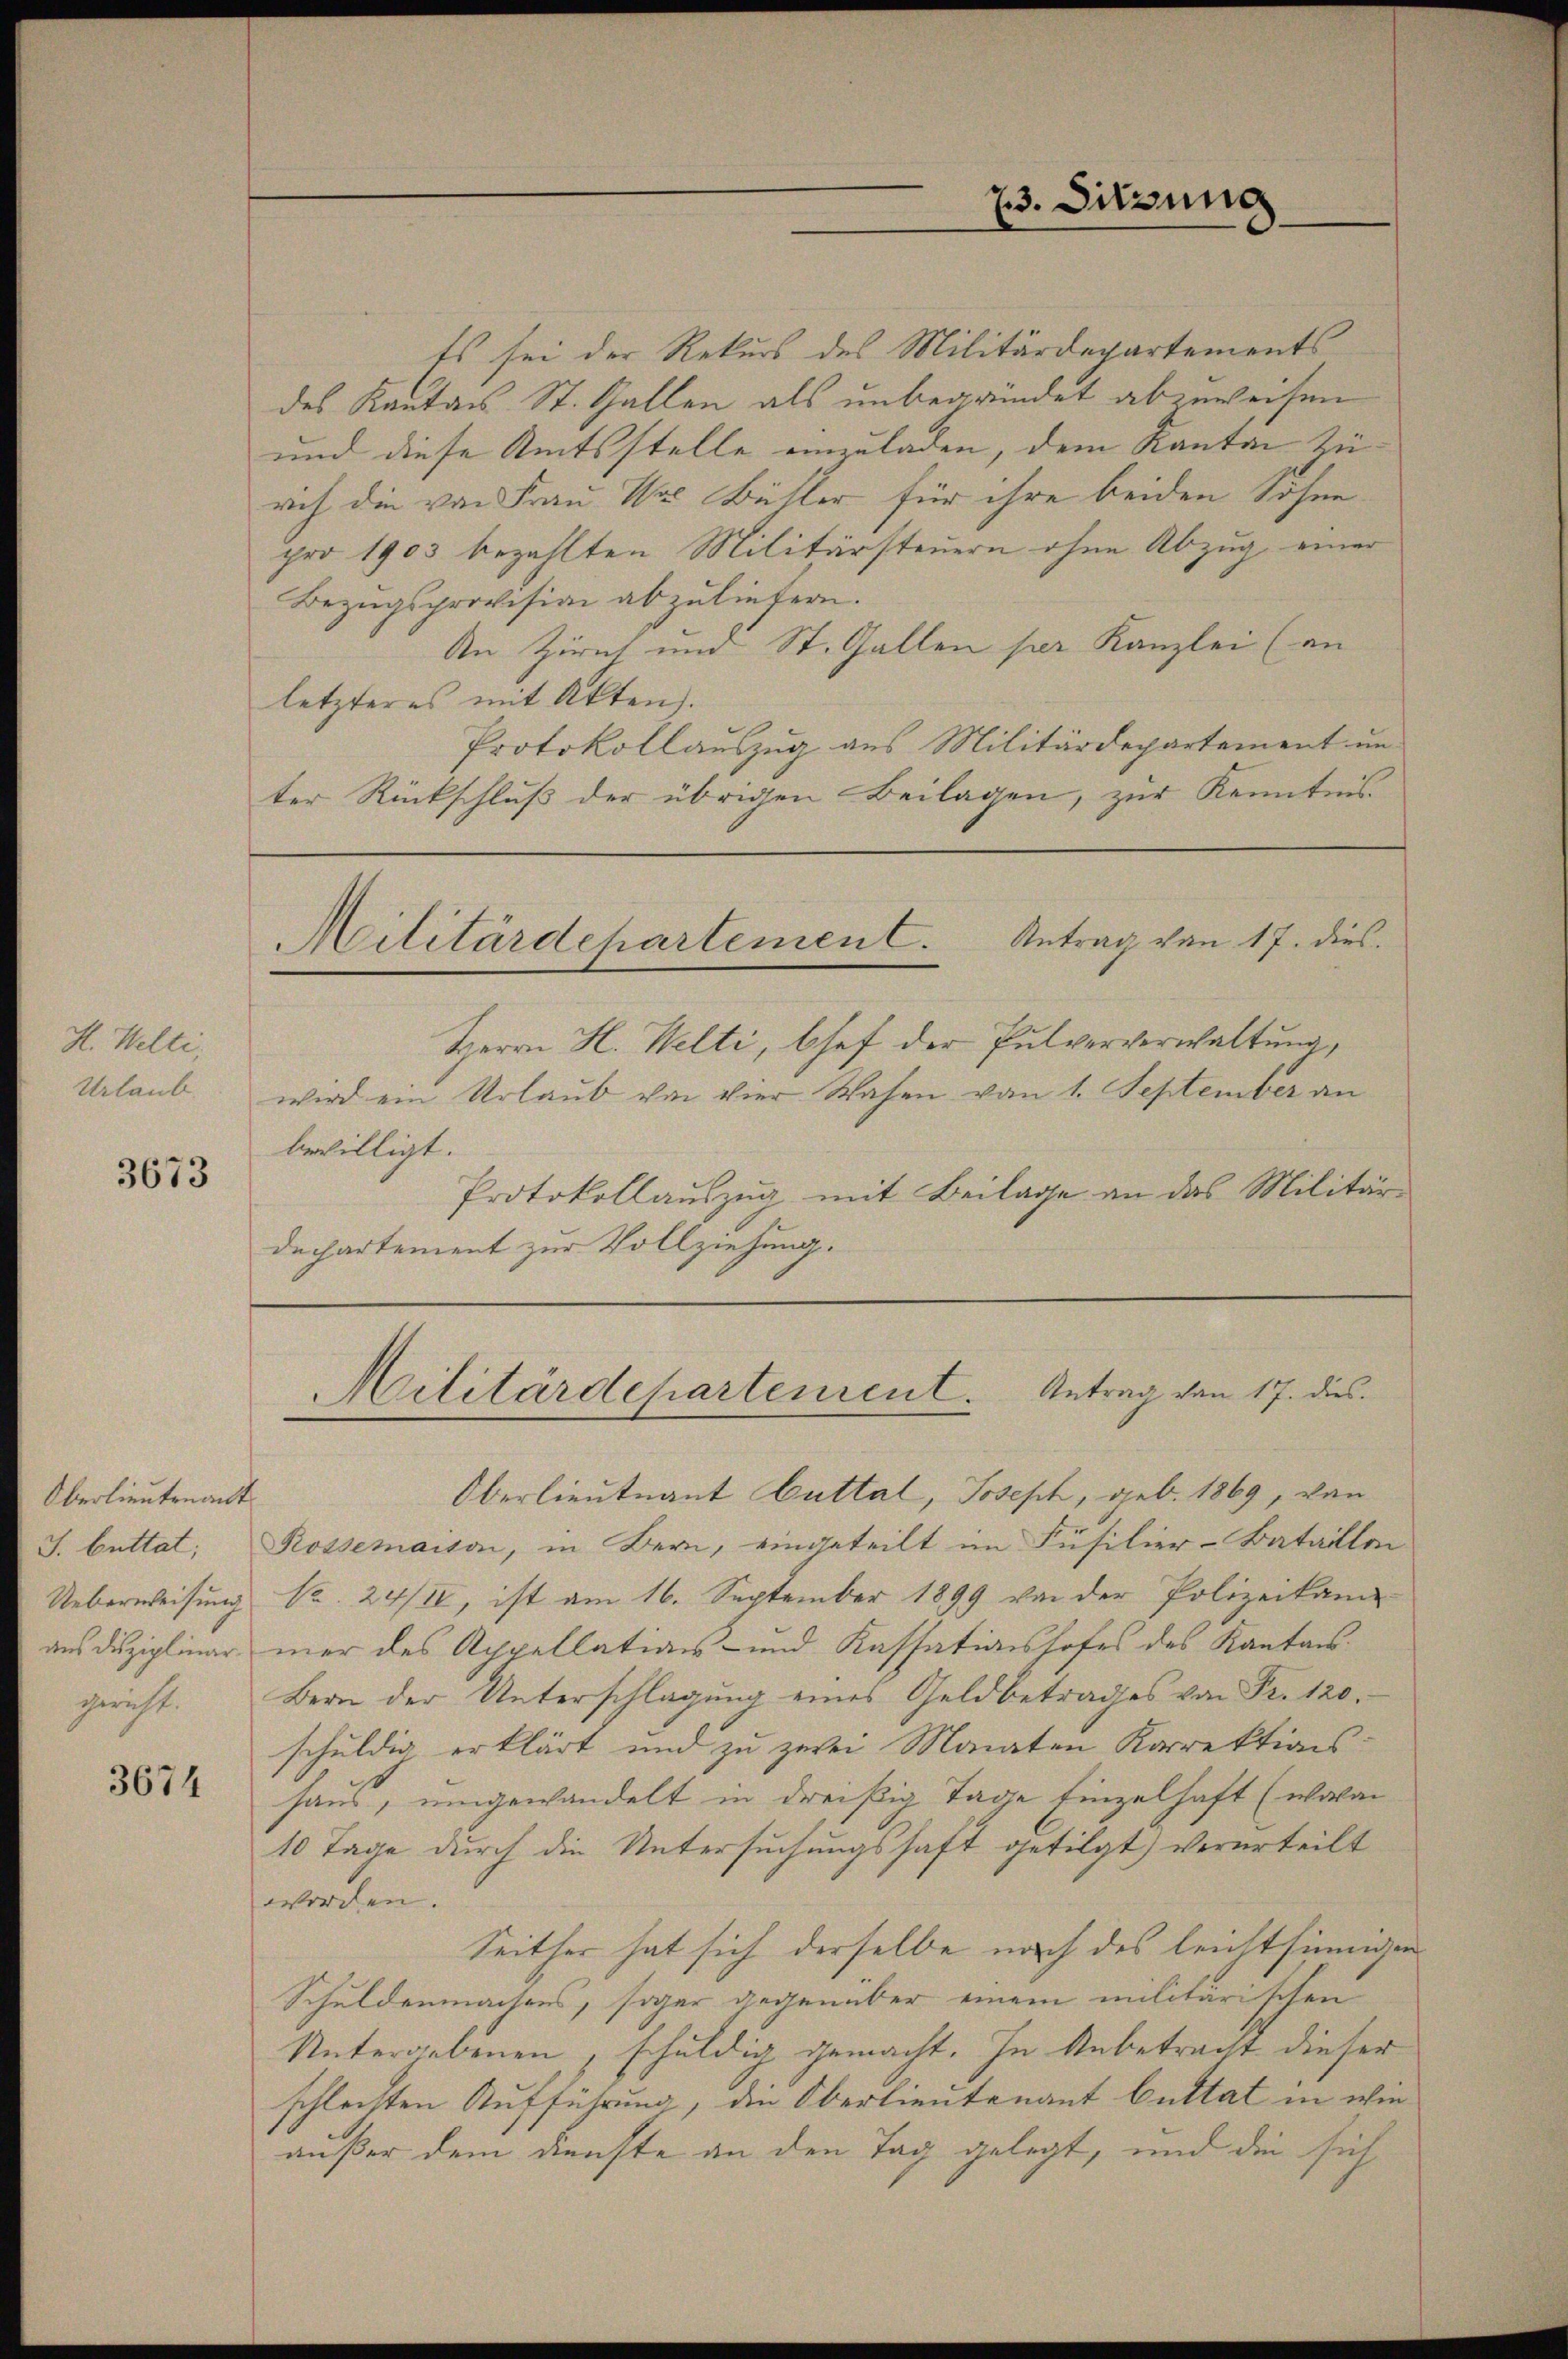
H. Welti,
Urlaub.

3673

Oberlieutenant.
Ueberweisung

3674

Es sei der Rekurs des Militärdepartements
des Kantons St. Gallen als unbegründet abzuweisen
und diese Amtsstelle einzuladen, dem Kanton zurch die von Frau Ur Büsler für ihre beiden Söhne
pro 1903 bezahlten Militärsteuern ohne Abzug einer
Bezugsprovision abzuliefern.
An Ziret und St. Gallen per Kanzlei (an
letzteres mit Akten.
Protokollauszug aus Militärdepartement un
ter Rückschluß der übrigen Beilagen, zur Kenntnis

23. Sitzung

Militärdepartement. Antrag von 17. dies

Militärdepartement. Antrag von 17. dies

Herrn H. Welti, bsef der Pulververwaltung,
wird ein Urlaub von vier Wasen vom 1. September an
bewilligt.
Protokollauszug mit Beilage an das Militär-
dechartement zur Vollziehung.

Oberlieutnant Guttal, Joseph, geb. 1869, von
J. buttat; Rossemaison, in Bern, eingeteilt im Füsilier-Bataillen
Nr. 24/II, ist am 16. September 1899 von der Polizeikam
aus disziplinar mer des Appellations- und Kassationshofes des Kantonsgericht. Bern der Unterschlagung eines Geldbetrages von Fr. 120.
schuldig erklärt und zu zwei Monaten Korrektionshaus, umgewandelt in dreißig Tage Einzelhaft (wovon
10 Tage durch die Untersuchungshaft getilgt) verurteilt
worden.
Seither hat sich derselbe nach des leichtsinnigen
Schuldenmachens, sogar gegenüber einem militärischen
Untergebenen, schuldig gemacht. In Anbetracht dieser
schlechten Aufführung, die Oberlieutenant Cuttat in wie
außer dem Dienste an den Tag gelegt, und die sich